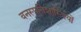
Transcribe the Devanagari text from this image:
वनस्‍पतिशास्‍त्रियों